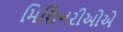
મિશિનરીઓએ